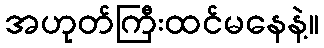
အဟုတ်ကြီးထင်မနေနဲ့။